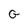
Character: G